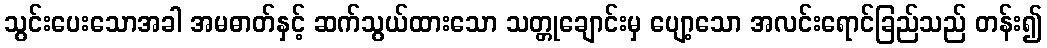
သွင်းပေးသောအခါ အမဓာတ်နှင့် ဆက်သွယ်ထားသော သတ္တုချောင်းမှ ပျော့သော အလင်းရောင်ခြည်သည် တန်း၍